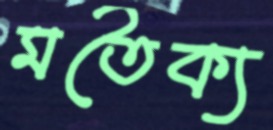
মতৈক্য